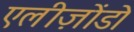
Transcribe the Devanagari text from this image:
एलीज़ोंडो